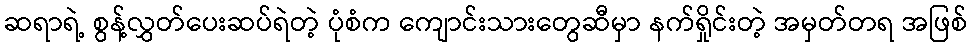
ဆရာရဲ့ စွန့်လွှတ်ပေးဆပ်ရဲတဲ့ ပုံစံက ကျောင်းသားတွေဆီမှာ နက်ရှိုင်းတဲ့ အမှတ်တရ အဖြစ်